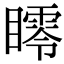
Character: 𥋞